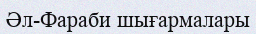
Әл-Фараби шығармалары